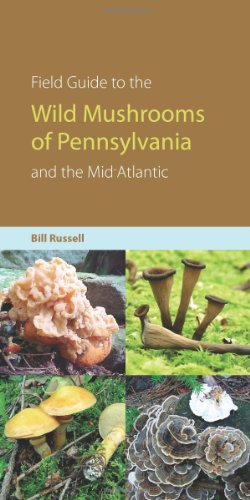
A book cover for Field Guide to Wild Mushrooms of Pennsylvania and the Mid-Atlantic (A Keystone Book Â®); Bill Russell; Science & Math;